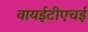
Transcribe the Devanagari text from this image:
वायईटीएचई